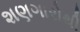
શણગારોથી